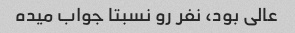
عالی بود، نفر رو نسبتا جواب میده